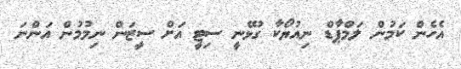
އެހެން ކަމުން ލަމްޕާޑް ނިއުޔޯކާ ގުޅޭނީ ސިޓީ އަށް ސީޒަން ނިމުމުން އަންނަ